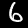
Label: 6